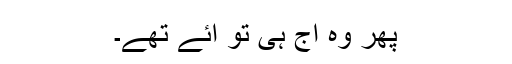
پھر وہ آج ہی تو آئے تھے۔